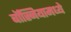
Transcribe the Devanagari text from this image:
बॉस्नियामध्ये